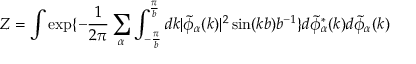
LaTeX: Z = \int \exp \{ - \frac { 1 } { 2 \pi } \sum _ { \alpha } \int _ { - \frac { \pi } { b } } ^ { \frac { \pi } { b } } d k | \tilde { \phi } _ { \alpha } ( k ) | ^ { 2 } \sin ( k b ) b ^ { - 1 } \} d \tilde { \phi } _ { \alpha } ^ { * } ( k ) d \tilde { \phi } _ { \alpha } ( k )